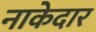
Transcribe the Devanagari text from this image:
नाकेदार